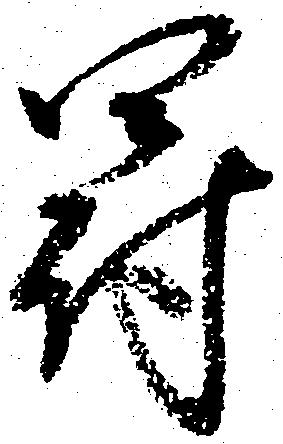
罰